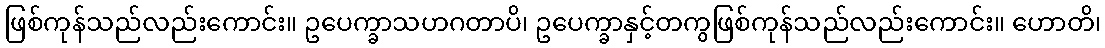
ဖြစ်ကုန်သည်လည်းကောင်း။ ဥပေက္ခာသဟဂတာပိ၊ ဥပေက္ခာနှင့်တကွဖြစ်ကုန်သည်လည်းကောင်း။ ဟောတိ၊